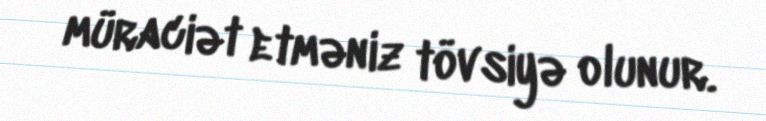
müraciət etməniz tövsiyə olunur.